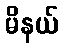
မိနယ်